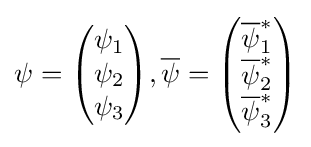
\psi ={\begin{pmatrix}\psi _{1}\\\psi _{2}\\\psi _{3}\end{pmatrix}},{\overline {\psi }}={\begin{pmatrix}{\overline {\psi }}_{1}^{*}\\{\overline {\psi }}_{2}^{*}\\{\overline {\psi }}_{3}^{*}\end{pmatrix}}